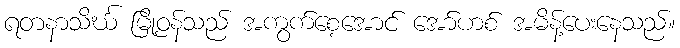
ရတနာသိင်္ဃ မြို့ဝန်သည် အကွက်စေ့အောင် အော်ဟစ် အမိန့်ပေးနေသည်။